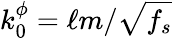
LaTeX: k_{0}^{\phi}=\ell m/\sqrt{f_{s}}